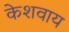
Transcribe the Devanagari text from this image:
केशवाय